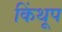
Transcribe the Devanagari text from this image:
किंथूप